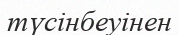
түсінбеуінен